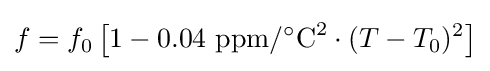
f=f_{0}\left[1-0.04~{\text{ppm}}/^{\circ }{\text{C}}^{2}\cdot (T-T_{0})^{2}\right]